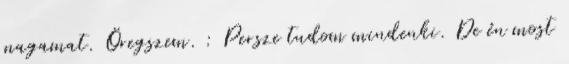
magamat. Öregszem. : Persze tudom mindenki. De én most